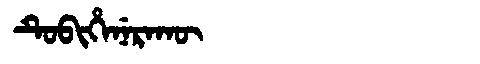
Manchu: ᡨᡠᠪᡳᡥᡝᠨᡝᡵᠠᡴᡡ
Romanization: TUBIHENERAKŪ